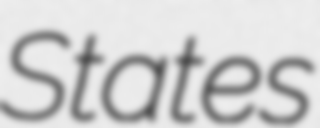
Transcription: States